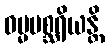
ဓမ္မမစ္ဆရိယန္တိ